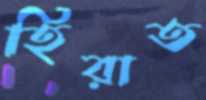
হিরাত